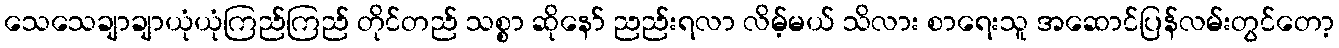
သေသေချာချာယုံယုံကြည်ကြည် တိုင်တည် သစ္စာ ဆိုနော် ညည်းရလာ လိမ့်မယ် သိလား စာရေးသူ အဆောင်ပြန်လမ်းတွင်တော့